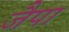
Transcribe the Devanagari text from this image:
जैपा